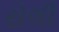
રોલી